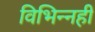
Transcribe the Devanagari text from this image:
विभिन्नही